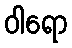
ဝါရော